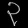
Digit: ၃